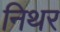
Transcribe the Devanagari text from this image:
निथर